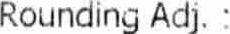
ROUNDING ADJ. :